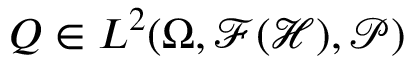
Q \in L ^ { 2 } ( \Omega , \mathcal { F } ( \mathcal { H } ) , \mathcal { P } )